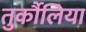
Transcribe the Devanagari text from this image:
तुर्कौलिया